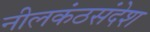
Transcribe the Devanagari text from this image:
नीलकंठसंदेश